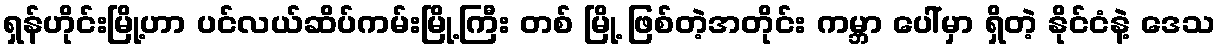
ရှန်ဟိုင်းမြို့ဟာ ပင်လယ်ဆိပ်ကမ်းမြို့ကြီး တစ် မြို့ ဖြစ်တဲ့အတိုင်း ကမ္ဘာ ပေါ်မှာ ရှိတဲ့ နိုင်ငံနဲ့ ဒေသ